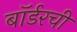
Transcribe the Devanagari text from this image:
बॉर्डरची